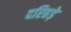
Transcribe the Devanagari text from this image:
दरिहड़े